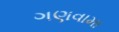
ગણવામા